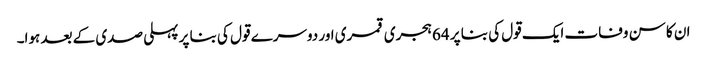
ان کا سن وفات ایک قول کی بنا پر 64 ہجری قمری اور دوسرے قول کی بنا پر پہلی صدی کے بعد ہوا۔